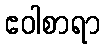
ဧဝါစာရာ